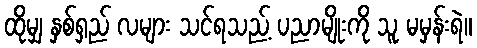
ထိုမျှ နှစ်ရှည် လများ သင်ရသည့် ပညာမျိုးကို သူ မမှန်းရဲ။